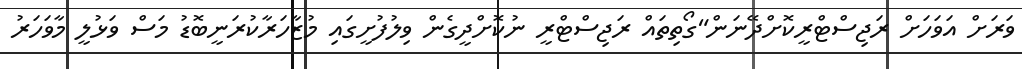
ވަރަށް އަވަހަށް ރަޖިސްޓްރީކޮށްދޭނަން"ގޯތިތައް ރަޖިސްޓްރީ ނުކޮށްދީގެން ވިލުފުށީގައި މުޒާހަރާކުރަނީބޮޑު މަސް ވަޅުލީ މާވަހަރު